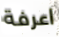
اعرفة